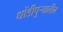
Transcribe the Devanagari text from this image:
धोंडीपुर्‍यातील